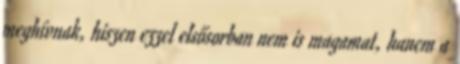
meghívnak, hiszen ezzel elsősorban nem is magamat, hanem a